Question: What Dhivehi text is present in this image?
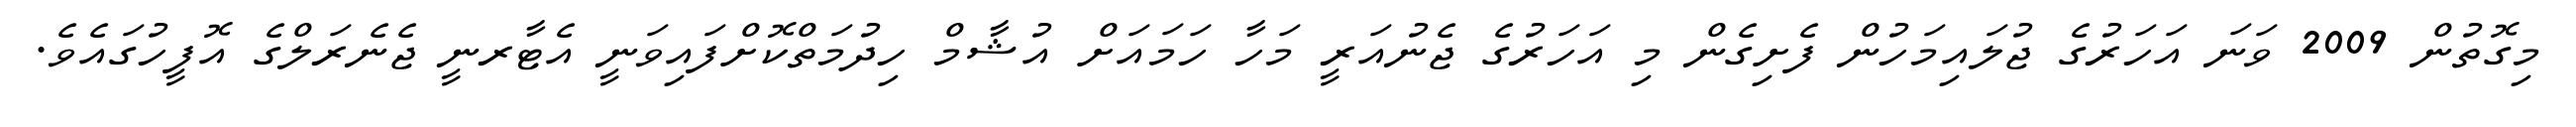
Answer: މިގޮތުން 2009 ވަނަ އަހަރުގެ ޖުލައިމަހުން ފެށިގެން މި އަހަރުގެ ޖެނުއަރީ މަހާ ހަމައަށް އުޝާމް ހިދުމަތްކޮށްފައިވަނީ އެޓާރނީ ޖެނެރަލްގެ އޮފީހުގައެވެ.